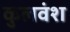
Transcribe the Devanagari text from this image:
कुलवंश